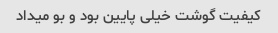
کیفیت گوشت خیلی پایین بود و بو میداد